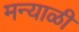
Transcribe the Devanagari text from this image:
मन्याळी